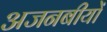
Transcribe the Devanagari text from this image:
अजनबीयों